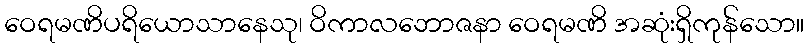
ဝေရမဏိပရိယောသာနေသု၊ ဝိကာလဘောဇနာ ဝေရမဏိ အဆုံးရှိကုန်သော။